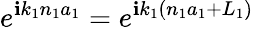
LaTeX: e^{\mathbf{i}k_{1}n_{1}a_{1}}=e^{\mathbf{i}k_{1}(n_{1}a_{1}+L_{1})}